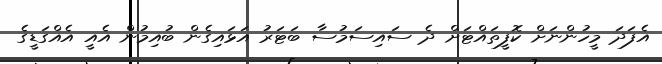
އެފަދަ މީހުންނަށް ކޮފީތައްޓަށް ދެ ސައިސަމުސާ ބަޓަރު އަޅައިގެން ބުއިމުން އެއީ އެއްގަޑީގެ